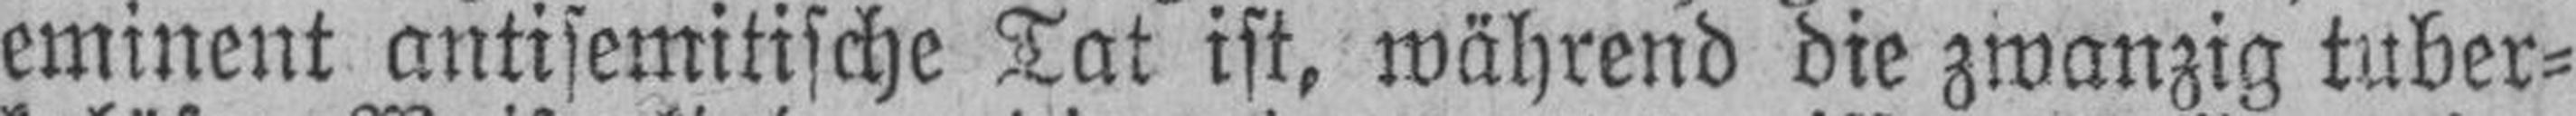
eminent antisemitische Tat ist, während die zwanzig tuber¬